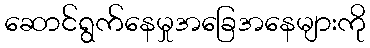
ဆောင်ရွက်နေမှုအခြေအနေများကို